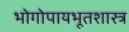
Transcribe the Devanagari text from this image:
भोगोपायभूतशास्त्र